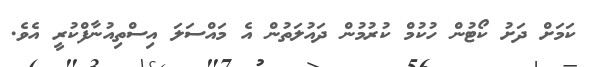
ކަމަށް ދަށު ކޯޓުން ހުކުމް ކުރުމުން ދައުލަތުން އެ މައްސަލަ އިސްތިއުނާފްކުރީ އެވެ.